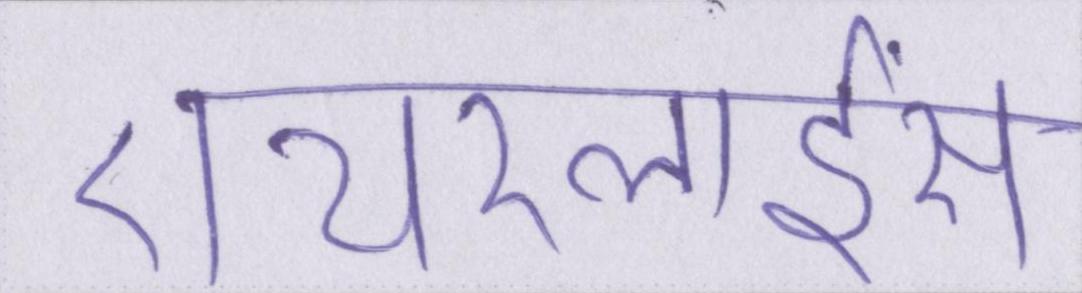
एयरलाईंस